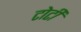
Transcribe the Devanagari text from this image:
टोटीं